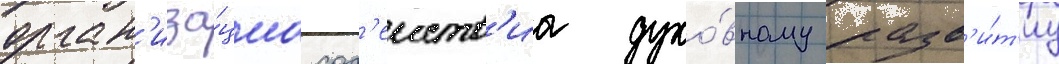
орган'иза́циа сод'еиств'иа духо́вному разв'и́т'иу